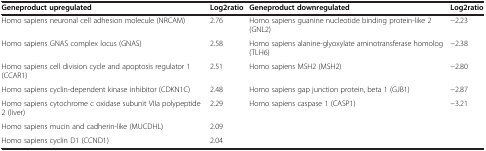
<table><thead><tr><td><b>Geneproduct upregulated</b></td><td><b>Log2ratio</b></td><td><b>Geneproduct downregulated</b></td><td><b>Log2ratio</b></td></tr></thead><tbody><tr><td>Homo sapiens neuronal cell adhesion molecule (NRCAM)</td><td>2.76</td><td>Homo sapiens guanine nucleotide binding protein-like 2 (GNL2)</td><td>−2.23</td></tr><tr><td>Homo sapiens GNAS complex locus (GNAS)</td><td>2.58</td><td>Homo sapiens alanine-glyoxylate aminotransferase homolog (TLH6)</td><td>−2.38</td></tr><tr><td>Homo sapiens cell division cycle and apoptosis regulator 1 (CCAR1)</td><td>2.51</td><td>Homo sapiens MSH2 (MSH2)</td><td>−2.80</td></tr><tr><td>Homo sapiens cyclin-dependent kinase inhibitor (CDKN1C)</td><td>2.48</td><td>Homo sapiens gap junction protein, beta 1 (GJB1)</td><td>−2.87</td></tr><tr><td>Homo sapiens cytochrome c oxidase subunit VIIa polypeptide 2 (liver)</td><td>2.29</td><td>Homo sapiens caspase 1 (CASP1)</td><td>−3.21</td></tr><tr><td>Homo sapiens mucin and cadherin-like (MUCDHL)</td><td>2.09</td><td> </td><td> </td></tr><tr><td>Homo sapiens cyclin D1 (CCND1)</td><td>2.04</td><td> </td><td> </td></tr></tbody></table>